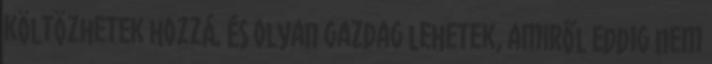
költözhetek hozzá, és olyan gazdag lehetek, amiről eddig nem